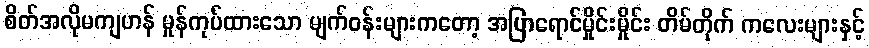
စိတ်အလိုမကျဟန် မှုန်ကုပ်ထားသော မျက်ဝန်းများကတော့ အပြာရောင်မှိုင်းမှိုင်း တိမ်တိုက် ကလေးများနှင့်